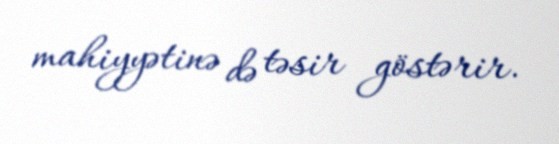
mahiyyətinə də təsir göstərir.